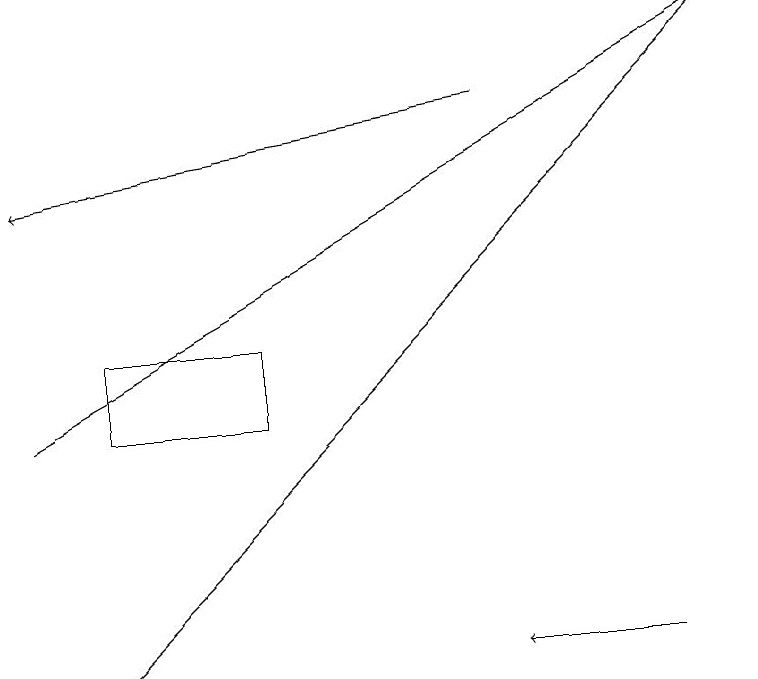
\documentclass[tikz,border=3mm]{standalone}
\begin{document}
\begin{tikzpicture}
\draw[->] (6,18) -- (0,17);
\draw (3,14) rectangle (1,15);
\draw[->] (0,14) -- (9,19);
\draw[->] (1,11) -- (9,19);
\draw[->] (8,11) -- (6,11);
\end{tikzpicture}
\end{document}